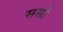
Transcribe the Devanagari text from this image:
सर्सो